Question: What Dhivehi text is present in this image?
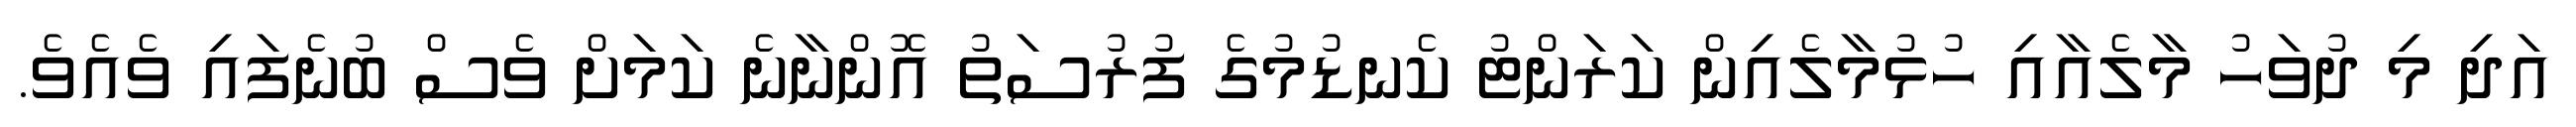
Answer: އަދި މި ދުވަހު މާލެއާއި ހުޅުމާލެއިން ކަރަންޓު ކެނޑުމުގެ ފުރުސަތު އޮންނާނެ ކަމަށް ވެސް ބުނެފައި ވެއެވެ.